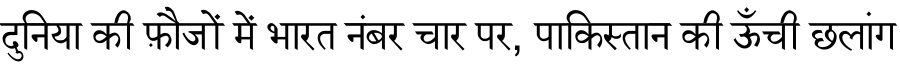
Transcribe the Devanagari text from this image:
दुनिया की फ़ौजों में भारत नंबर चार पर, पाकिस्तान की ऊँची छलांग